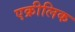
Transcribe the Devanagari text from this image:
एक्रीलिक